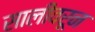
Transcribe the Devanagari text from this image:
सालीवरून